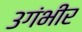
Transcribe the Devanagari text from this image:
३गंभीर